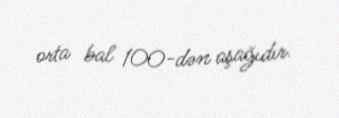
orta bal 100-dən aşağıdır.